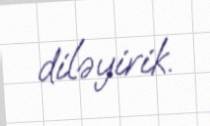
diləyirik.